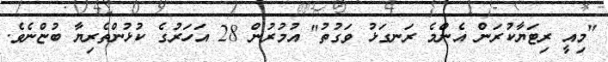
"މިއީ ރިޓަޔާކުރަން އެންމެ ރަނގަޅު ވަގުތު" އުމުރުން 28 އަހަރުގެ ކުޅުންތެރިޔާ ބުޏްނެވެ.